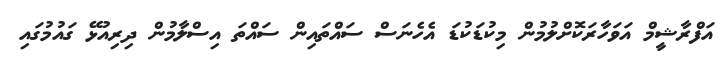
އަފްރާޝީމް އަވަހާރަކޮށްލުމުން މިކުޑަކުޑަ އެހެނަސް ސައްތައިން ސައްތަ އިސްލާމުން ދިރިއުޅޭ ގައުމުގައި